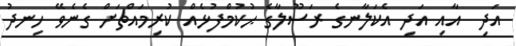
އަދި  އާއި އަދި އެކަލާނގެ ރަސޫލާގެ ޙުކުމްފުޅެއް ކުރިމައްޗަށް ގެނެވޭ ހިނދު